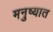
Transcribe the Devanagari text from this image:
मनुष्यात